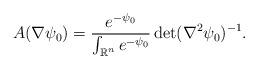
LaTeX: \begin{align*}A(\nabla\psi_0) = \frac{e^{-\psi_0}}{\int_{\mathbb{R}^n}e^{-\psi_0}} \det(\nabla^2\psi_0)^{-1}.\end{align*}